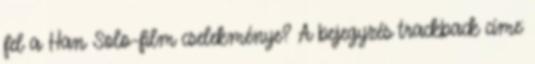
fel a Han Solo-film cselekménye? A bejegyzés trackback címe: